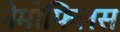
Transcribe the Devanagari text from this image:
नेमोफिलस